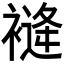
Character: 𧜨